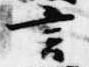
言